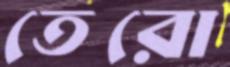
তেরো